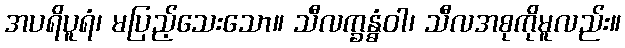
အပရိပူရံ၊ မပြည့်သေးသော။ သီလက္ခန္ဓံဝါ၊ သီလအစုကိုမူလည်း။